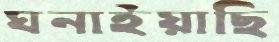
ঘনাইয়াছি